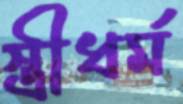
স্ত্রীধর্ম